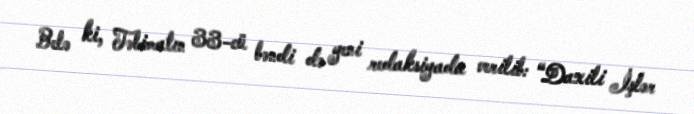
Belə ki, Təlimatın 33-cü bəndi də yeni redaksiyada verilib: “Daxili İşlər